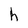
Character: h